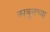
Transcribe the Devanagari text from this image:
काबुलच्या